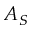
A _ { S }